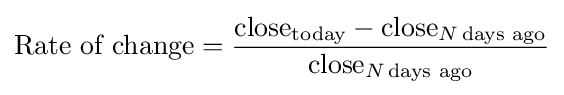
{\text{Rate of change}}={{\text{close}}_{\text{today}}-{\text{close}}_{N\,{\text{days ago}}} \over {\text{close}}_{N\,{\text{days ago}}}}